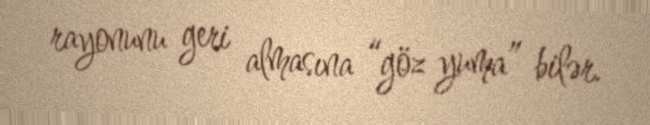
rayonunu geri almasına “göz yuma” bilər.